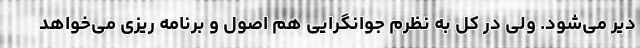
دیر می‌شود. ولی در کل به نظرم جوانگرایی هم اصول و برنامه ریزی می‌خواهد